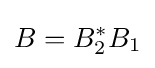
B=B_{2}^{*}B_{1}